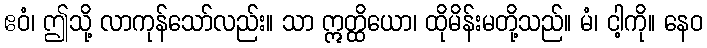
ဧဝံ၊ ဤသို့ လာကုန်သော်လည်း။ သာ ဣတ္ထိယော၊ ထိုမိန်းမတို့သည်။ မံ၊ ငါ့ကို။ နေဝ